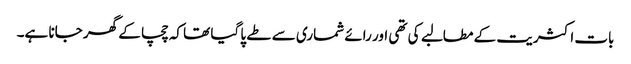
بات اکثریت کے مطالبے کی تھی اور رائے شماری سے طے پا گیا تھا کہ چچا کے گھر جانا ہے۔